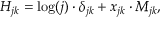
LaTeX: H _ { j k } = \log ( j ) \cdot \delta _ { j k } + x _ { j k } \cdot M _ { j k } ,